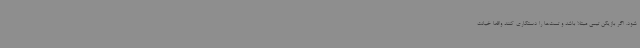
شود. اگر بازیکن تیمی مبتلا باشد و تست‌ها را دستکاری کنند واقعا خیانت